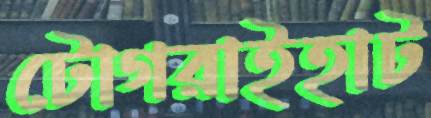
টোগরাইহাট